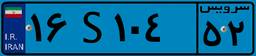
۰۴S۱۲۶۹۳